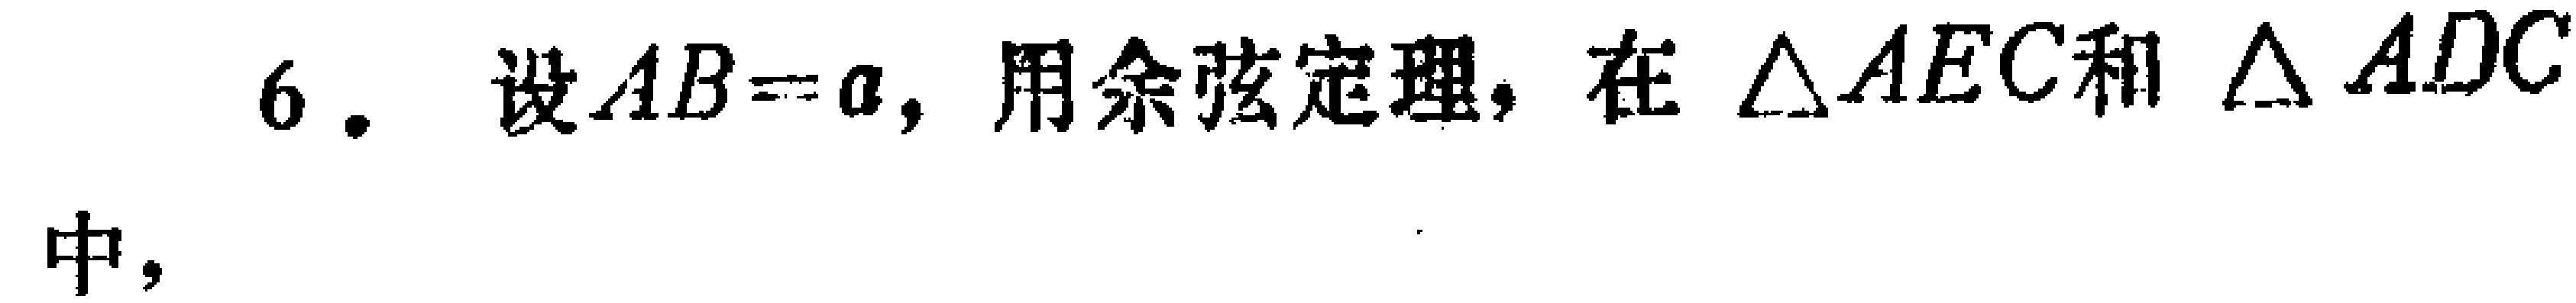
6. 设\(AB = a\)，用余弦定理，在\(\triangle AEC\)和\(\triangle ADC\)
中，